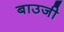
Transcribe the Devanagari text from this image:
बाउजी